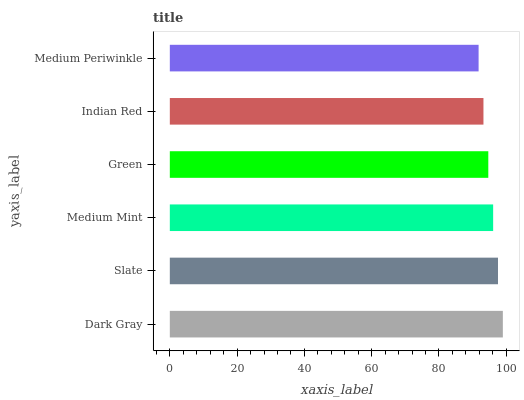
| yaxis_label | bars |
 | --- | --- |
 | Dark Gray | 99 |
 | Slate | 97.6 |
 | Medium Mint | 96.1 |
 | Green | 94.7 |
 | Indian Red | 93.2 |
 | Medium Periwinkle | 91.8 |